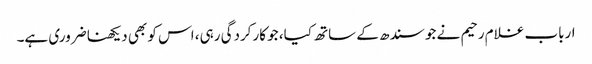
ارباب غلام رحیم نے جو سندھ کے ساتھ کیا، جو کارکردگی رہی، اس کو بھی دیکھنا ضروری ہے۔